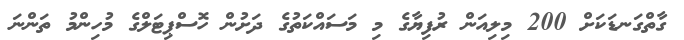
ގާތްގަނޑަކަށް 200 މިލިއަން ރުފިޔާގެ މި މަސައްކަތުގެ ދަށުން ހޮސްޕިޓަލްގެ މުހިންމު ތަންނަ